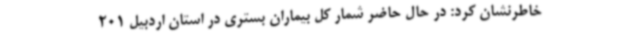
خاطرنشان کرد: در حال حاضر شمار کل بیماران بستری در استان اردبیل 201